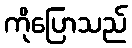
ကိုပြောသည်